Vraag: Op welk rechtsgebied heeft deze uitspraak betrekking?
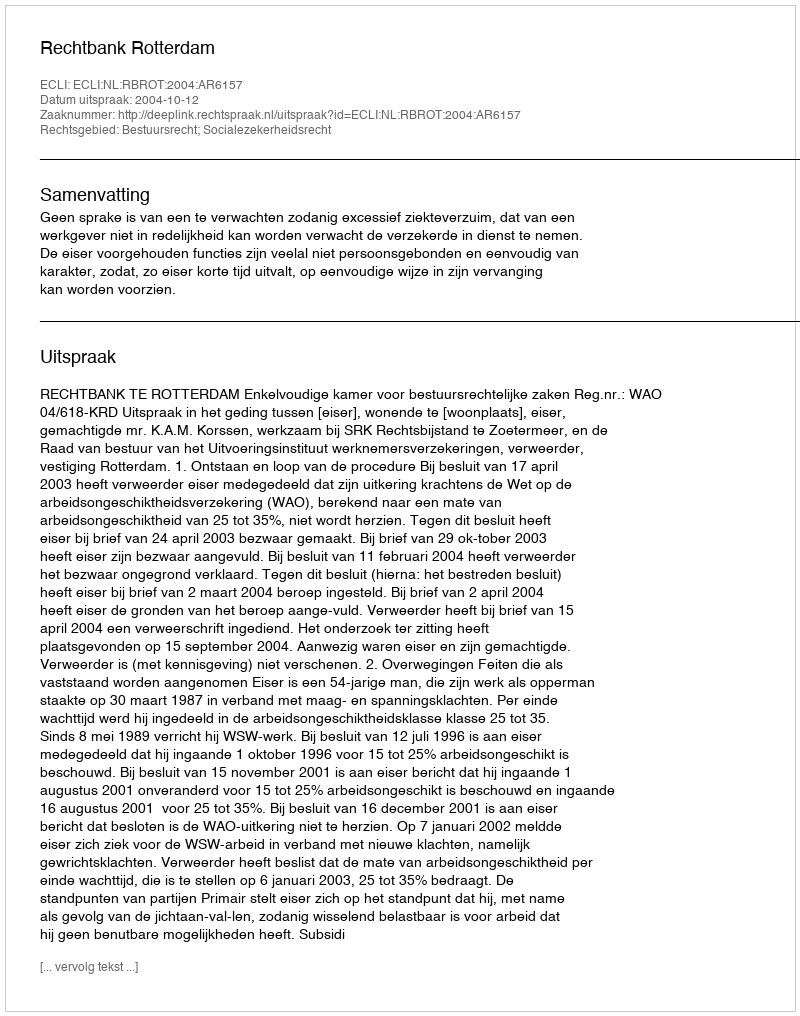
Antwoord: Bestuursrecht; Socialezekerheidsrecht